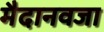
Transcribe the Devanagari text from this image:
मैदानवजा